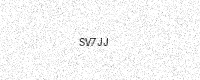
Text: SV7JJ